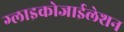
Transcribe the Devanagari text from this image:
ग्लाइकोजाईलेशन